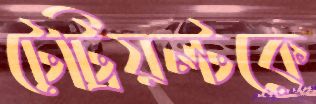
টেট্রিয়ল্টকে